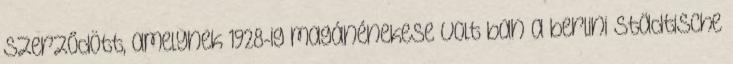
szerződött, amelynek 1928-ig magánénekese volt ban a berlini Städtische